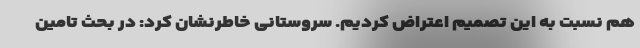
هم نسبت به این تصمیم اعتراض کردیم. سروستانی خاطرنشان کرد: در بحث تامین